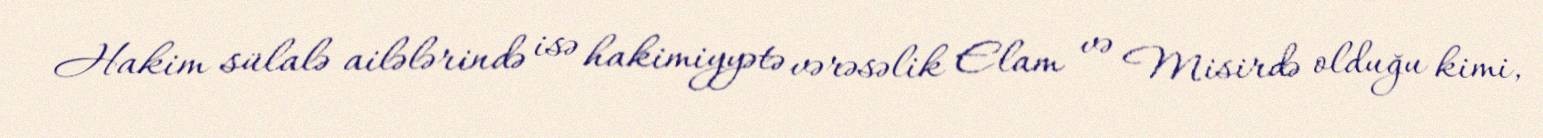
Hakim sülalə ailələrində isə hakimiyyətə vərəsəlik Elam və Misirdə olduğu kimi,